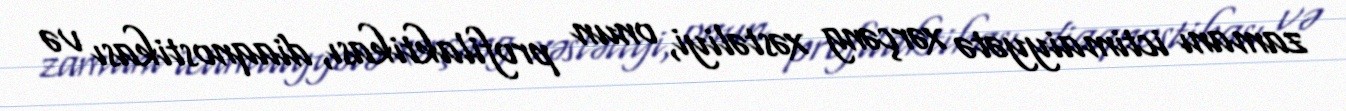
zamanı ictimaiyyətə xərçəng xəstəliyi, onun profilaktikası, diaqnostikası və